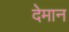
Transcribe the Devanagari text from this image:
देमान